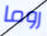
روما